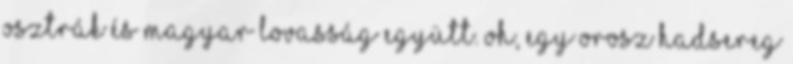
osztrák és magyar lovasság együtt. Oh, egy orosz hadsereg